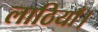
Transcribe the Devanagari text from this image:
लाठियाँ।